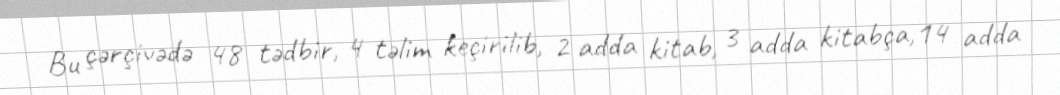
Bu çərçivədə 48 tədbir, 4 təlim keçirilib, 2 adda kitab, 3 adda kitabça,14 adda